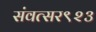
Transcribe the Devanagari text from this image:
संवत्सर९२३